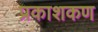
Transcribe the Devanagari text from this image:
प्रकाशकण